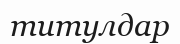
титулдар